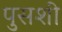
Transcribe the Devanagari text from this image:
पुसशी